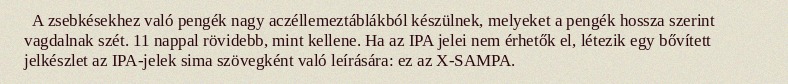
A zsebkésekhez való pengék nagy aczéllemeztáblákból készülnek, melyeket a pengék hossza szerint vagdalnak szét. 11 nappal rövidebb, mint kellene. Ha az IPA jelei nem érhetők el, létezik egy bővített jelkészlet az IPA-jelek sima szövegként való leírására: ez az X-SAMPA.